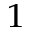
^ { 1 }